Vana-Antsla_vallavalitsus, lk 30
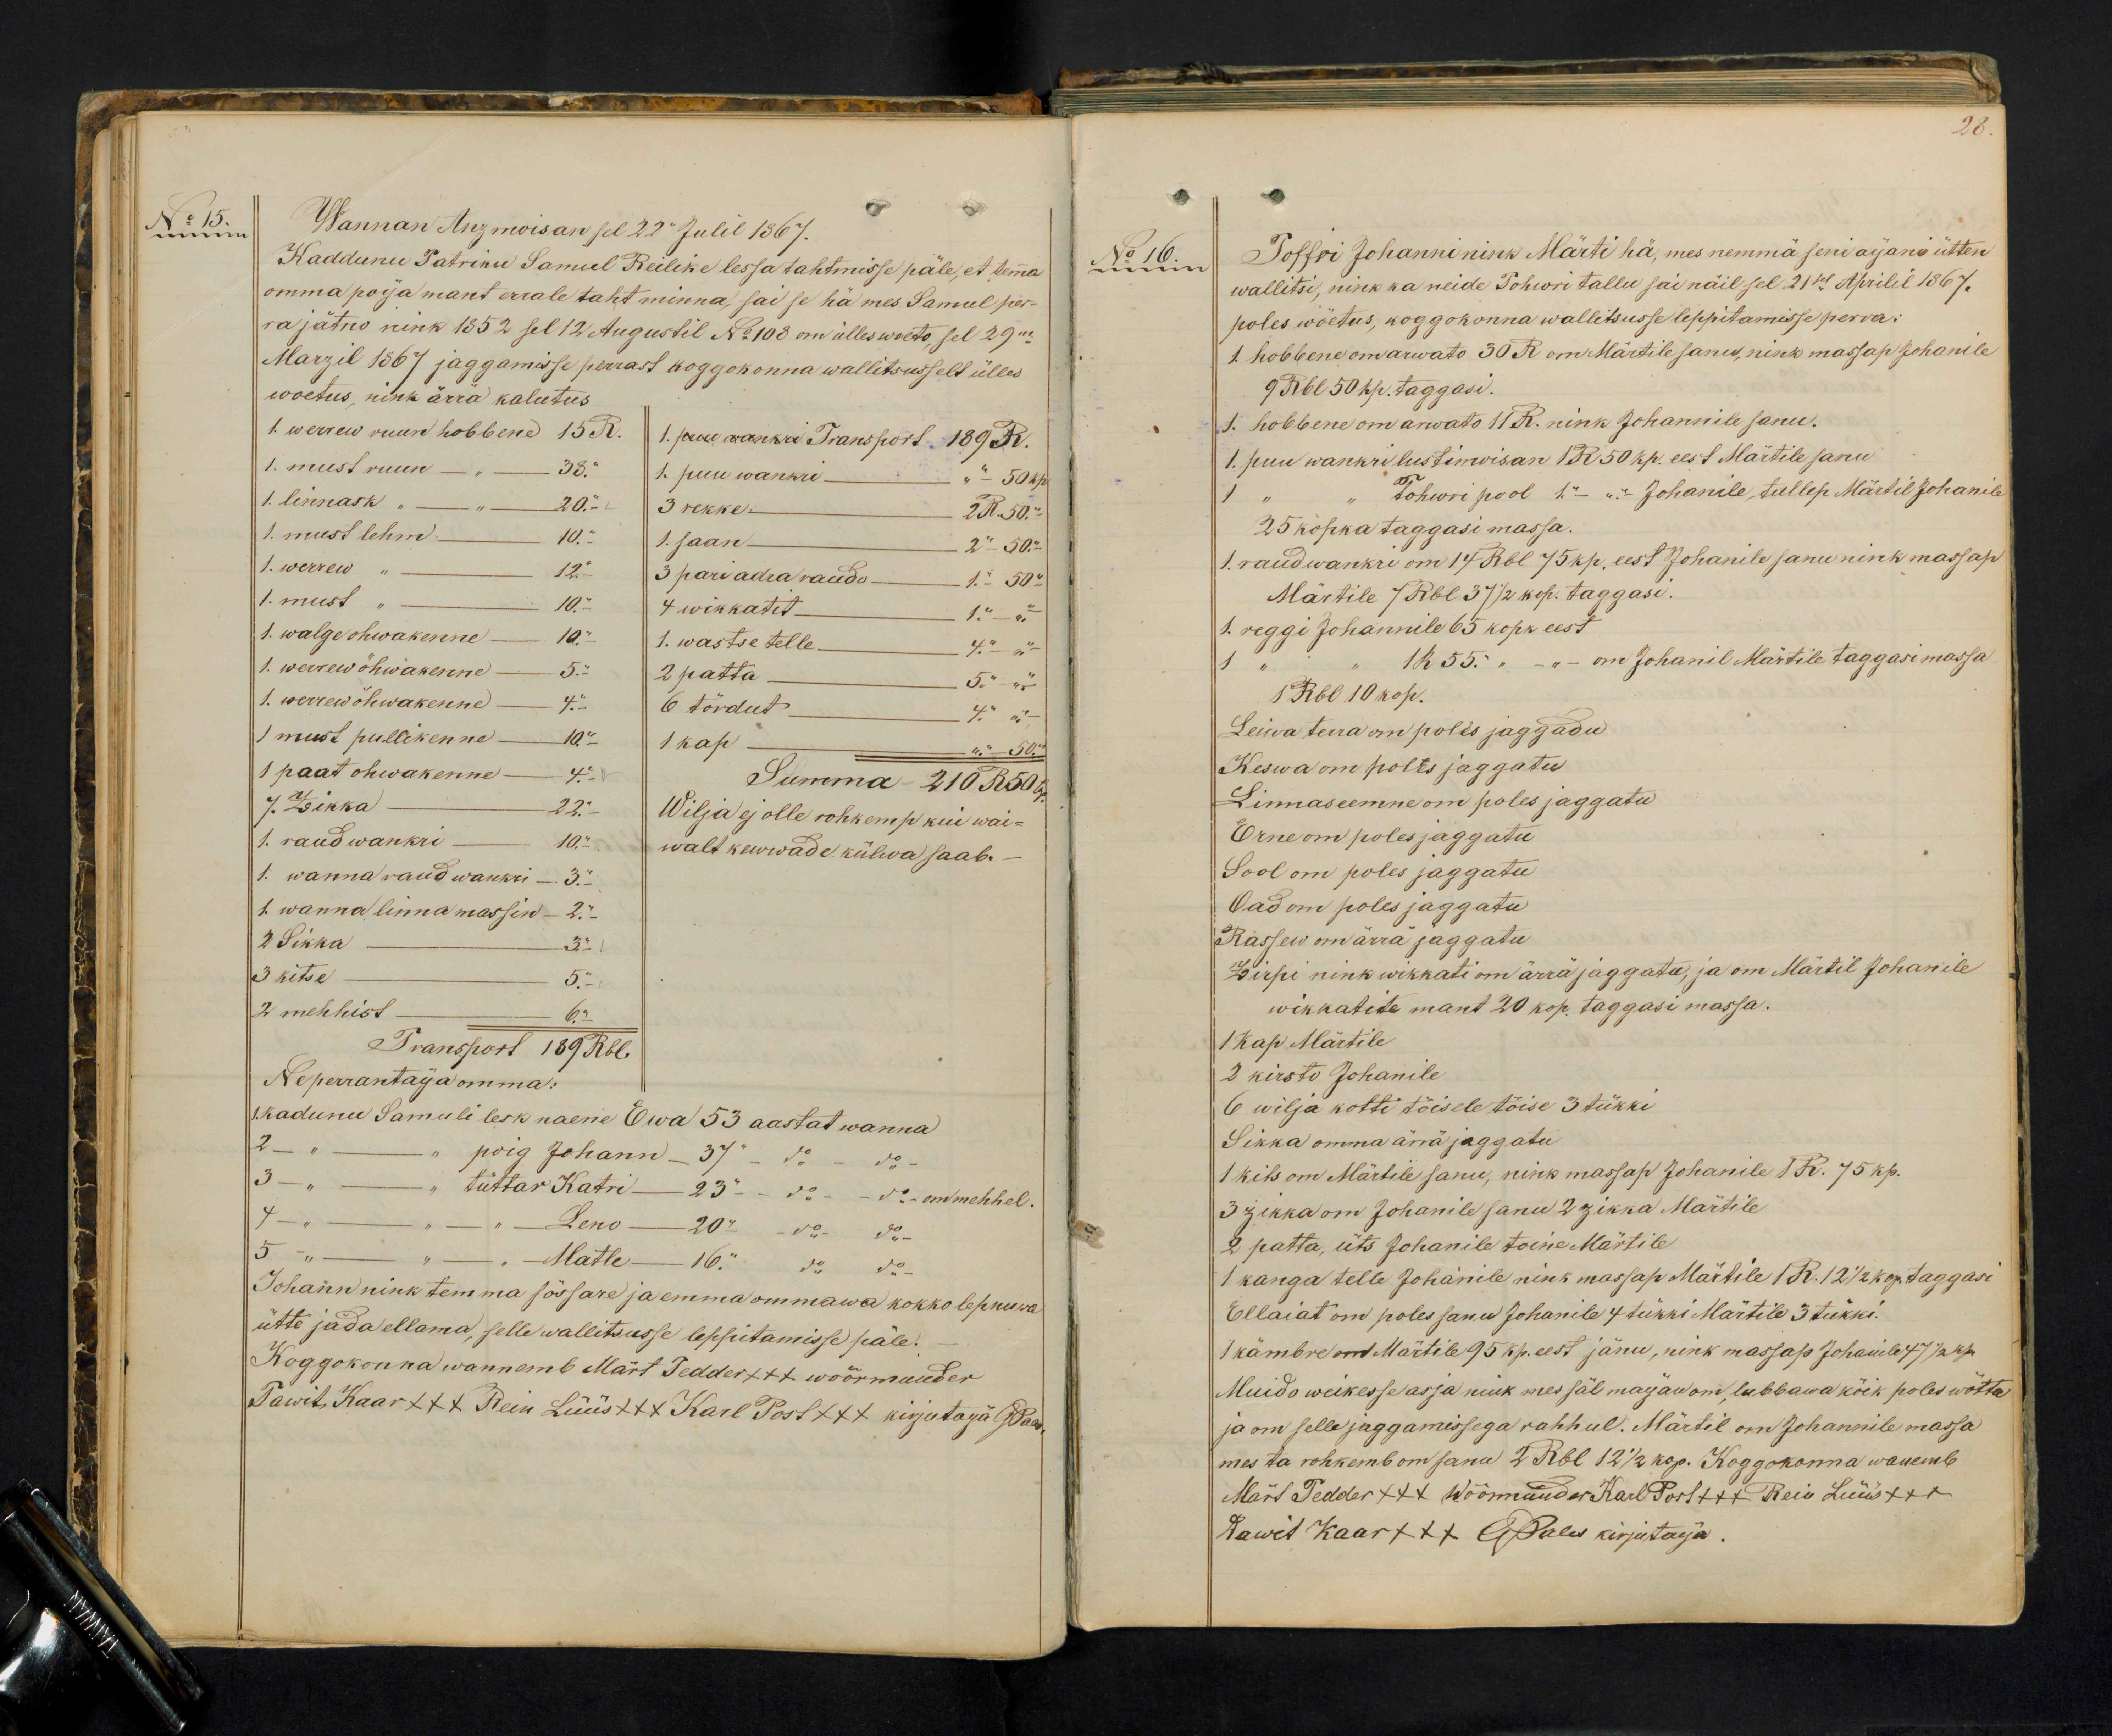
No 15.
Wannan Anzmoisan sel 22 Julil 1867.
Kaddunu Patriku Samuel Reilike lessa tahtmisse päle, et temma
omma poija mant errale taht minna, sai se hä mes Samul per-
ra jätno nink 1852 sel 12 Augustil No 103 om ülles wõeto sel 29m
Marzil 1867 jaggamisse perrast koggokonna wallitsusselt ülles
woetus nink ärra kalutus
1. werrew ruun hobbene 15 R.
1. puu wankri Transport 189 R.
1. must ruun - " - 38."
1. puu wankri " - 50 kop.
1. linnask " - 20. "
3 rekke 2R. 50. "
1. must lehm - 10.-
1. saan - 2 " 50.-
1. werrew " - 12.
3 pari adra raudo - 1.00
1. must " 10."
4 wikkatit 1 " "
1. walge ohwakenne - 10.
1. wastse telle - 4. " "
1. werrew öhwakenne - 5.
1. werrew öhwakenne - 4 " -
6 tördut - 4 " ".-
1 must pullikenne - 10
2 patta - 5 " -
1 kap - " 50 "
1 paat ohwakenne - 4
Summa 210 R 50
7. Zikka - 22.
Wilja ej olle rohkemp kui wai-
1. raud wankri - 10 "
walt kewwade külwa saab.
1. wanna raud wankri - 3. "
1. wanna linna massin - 2. "
2 Sikka 3 "
3 kitse 5 "
2 mehhist - 6. "
Transport 189 Rbl.
Ne perrantaija omma:
1. kadunu Samuli lesk naene Ewa 53 aastat wanna
2 " " poig Johann - 37 - do - do
3 - " tüttar Katri - 23 " - do - do - om mehhel.
4 - " - " Leno - 20 " - do - do
5 " " - " Matle - 16." " do - do
Johann nink temma sõssare ja emma ommawa kokko lepnuwa
ütte jada ellama, selle wallitsusse leppitamisse päle.
Koggokonna wannemb Märt Tedder +++ wöörmunder
Tawit Kaar +++ Rein Lüüs +++ Karl Post +++ kirjutaja GPales

28.
No 16.
Toffri Johanni nink Märti hä, mes nemmä seni aijani ütten
wallitsi, nink ka neide Tohwri tallu sai näil sel 21st Aprilil 1867.
poles wöetus, koggokonna wallitsusse leppitamisse perra.
1 hobbene om arwato 30 R om Märtile sanu, nink massap Johanile
9 Rbl 50 kp. taggasi.
1. hobbene om arwato 11 R. nink Johannile sanu.
1. puu wankri lustinwisan 1 R 50 kp. eest Märtile sanu
Tohwi pool 1. - - Johanile, tullep Märtil Johanil
25 kopka taggasi massa.
1. raud wankri om 14 Rbl 75 kp. eest Johanile sanu nink massap
Märtile 7 Rbl 37 1/2 kop. taggasi.
1. reggi Johannile 65 kopk eest
1 R 55. " - on Johanil Märtile taggasi massa
1 Rbl 10 kop.
Leiwa terra om poles jaggadu
Keswa om poles jaggatu
Linnaseemne om poles jaggatu
Erne om poles jaggatu
Sool om poles jaggatu
Oad om poles jaggatu
Rassew om ärrä jaggatu
Zirpi nink wikkati on ärra jaggata, ja om Märtil Johanile
wikkatite mant 20 kop. taggasi massa.
1 kap Märtile
2 kirsto Johanile
6 wilja kotti töisele töise 3 tükki
Sikka omma ärra jaggatu
1 kits om Märtile sanu, nink massap Johanile 1 R. 75 kp.
3 zikka om Johanile sanu 2 zikka Märtile
2 patta, üts Johanile toine Märtile
1 kanga telle Johanile nink massap Märtile 1Ru 12 1/2 kop. taggasi
Ellaiat on poles sanu Johanile 4 tükki Märtile 3 tükki.
1 kämbre om Märtile 95 kp. eest jänu, nink massap Johanile 47 1/2 kp.
Muido weikesse asja nink mes säl maijan om, lubbawa köik poles wötta.
ja om selle jaggamissega rahhul. Märtil on Johannile massa
mes ta rohkemb om sanu 2 Rbl 12 1/2 kop. Koggokonna wanemb
Mart Tedder +++ Wöömünder Karl Post xxx Reio Lüüs +++
Dawit Kaar +++ G. Pales kirjutaija